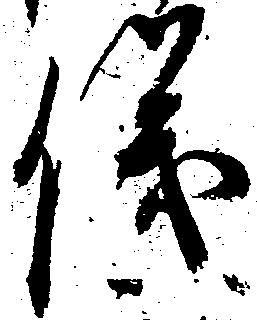
儀